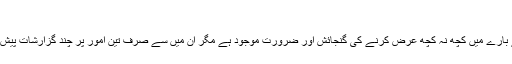
‘‘
اس فیصلہ کے بہت سے پہلوؤں کے بارے میں کچھ نہ کچھ عرض کرنے کی گنجائش اور ضرورت موجود ہے مگر ان میں سے صرف تین امور پر چند گزارشات پیش کرنے کی جسارت کی جا رہی ہے۔